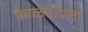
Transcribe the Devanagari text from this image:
प्रबळगडाला